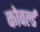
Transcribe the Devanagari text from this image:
कोवर्ल्ड